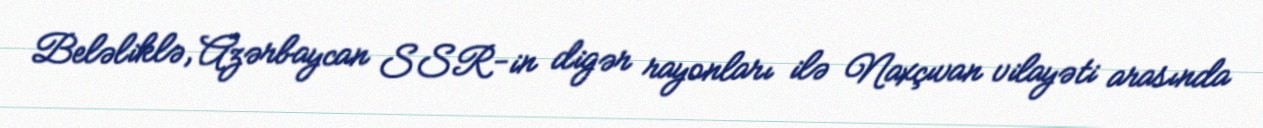
Beləliklə, Azərbaycan SSR-in digər rayonları ilə Naxçıvan vilayəti arasında